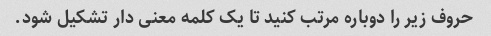
حروف زیر را دوباره مرتب کنید تا یک کلمه معنی دار تشکیل شود.